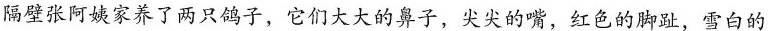
隔壁张阿姨家养了两只鸽子，它们大大的鼻子，尖尖的嘴，红色的脚趾，雪白的